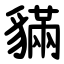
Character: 䝡